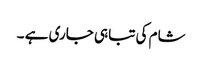
شام کی تباہی جاری ہے ۔